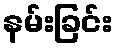
နမ်းခြင်း